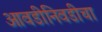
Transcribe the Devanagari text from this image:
आवडीनिवडीचा